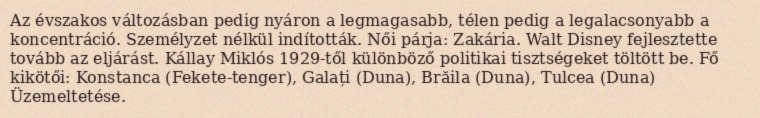
Az évszakos változásban pedig nyáron a legmagasabb, télen pedig a legalacsonyabb a koncentráció. Személyzet nélkül indították. Női párja: Zakária. Walt Disney fejlesztette tovább az eljárást. Kállay Miklós 1929-től különböző politikai tisztségeket töltött be. Fő kikötői: Konstanca (Fekete-tenger), Galați (Duna), Brăila (Duna), Tulcea (Duna) Üzemeltetése.